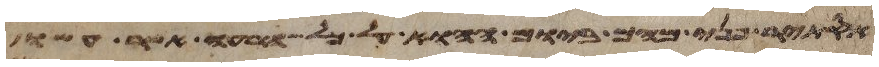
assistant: אסתיר פני מהם ביום ההוא על כל הרעה אשר עשו